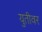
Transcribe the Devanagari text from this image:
युतीवर